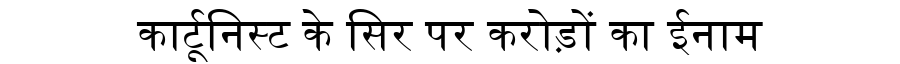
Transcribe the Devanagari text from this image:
कार्टूनिस्ट के सिर पर करोड़ों का ईनाम